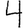
Digit: 4